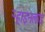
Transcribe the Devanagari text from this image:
ऱ्हाइनलांड